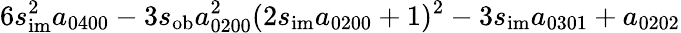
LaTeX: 6s_{\mathrm{im}}^{2}a_{0400}-3s_{\mathrm{ob}}a_{0200}^{2}(2s_{\mathrm{im}}a_{0200}+1)^{2}-3s_{\mathrm{im}}a_{0301}+a_{0202}